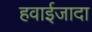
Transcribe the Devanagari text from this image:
हवाईजादा